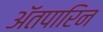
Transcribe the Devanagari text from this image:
अॅतपारिन